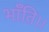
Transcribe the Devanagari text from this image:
भाँति।।